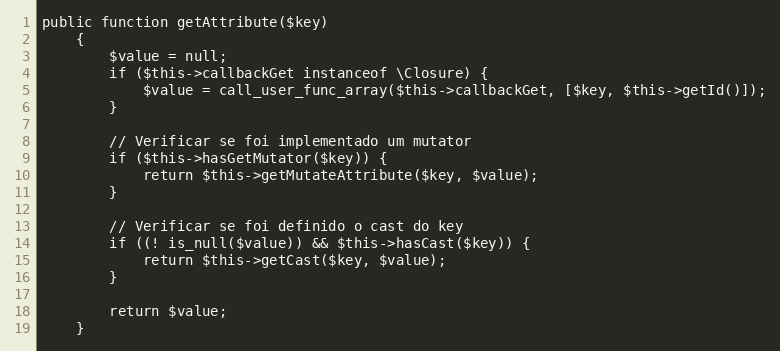
Language: PHP
public function getAttribute($key)
    {
        $value = null;
        if ($this->callbackGet instanceof \Closure) {
            $value = call_user_func_array($this->callbackGet, [$key, $this->getId()]);
        }

        // Verificar se foi implementado um mutator
        if ($this->hasGetMutator($key)) {
            return $this->getMutateAttribute($key, $value);
        }

        // Verificar se foi definido o cast do key
        if ((! is_null($value)) && $this->hasCast($key)) {
            return $this->getCast($key, $value);
        }

        return $value;
    }